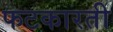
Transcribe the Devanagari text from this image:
फटकारती